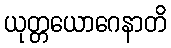
ယုတ္တယောဂေနာတိ